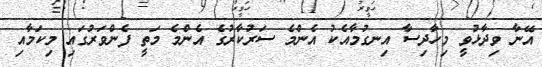
އޭނާ ވިދާޅުވީ މިހާދިސާ އިނގުމާއެކު އެންމެ ސަރުކާރުގެ އެންމެ މަތީ ފެންވަރުގައި މިކަމާއި